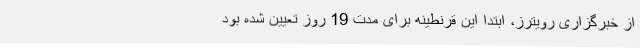
از خبرگزاری رویترز، ابتدا این قرنطینه برای مدت 19 روز تعیین شده بود